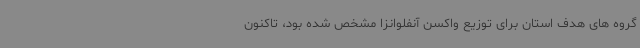
گروه های هدف استان برای توزیع واکسن آنفلوانزا مشخص شده بود، تاکنون